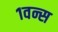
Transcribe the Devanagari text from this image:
१वन्स